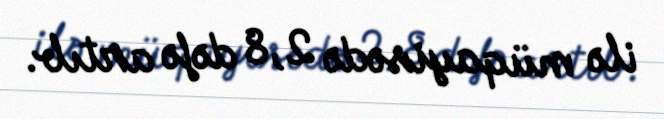
ilə müqayisədə 2,8 dəfə artıb.